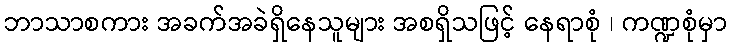
ဘာသာစကား အခက်အခဲရှိနေသူများ အစရှိသဖြင့် နေရာစုံ ၊ ကဏ္ဍစုံမှာ